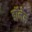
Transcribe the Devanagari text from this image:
डॉनेन